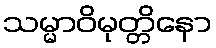
သမ္မာဝိမုတ္တိနော